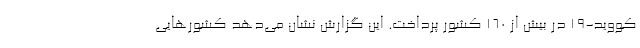
کووید-۱۹ در بیش از ۱۶۰ کشور پرداخت. این گزارش نشان می‌دهد کشورهایی